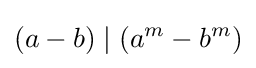
(a-b)\mid (a^{m}-b^{m})